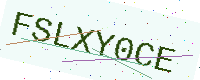
Text: FSLXY0CE